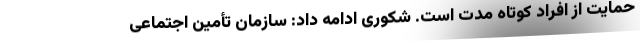
حمایت از افراد کوتاه مدت است. شکوری ادامه داد: سازمان تأمین اجتماعی